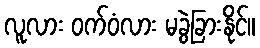
လူလား ဝက်ဝံလား မခွဲခြားနိုင်။